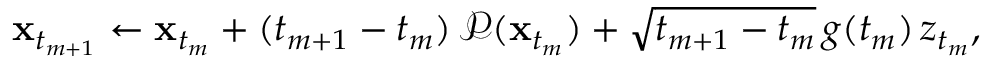
\begin{array} { r } { \mathbf { x } _ { t _ { m + 1 } } \leftarrow \mathbf { x } _ { t _ { m } } + ( t _ { m + 1 } - t _ { m } ) \, \mathcal { P } ( \mathbf { x } _ { t _ { m } } ) + \sqrt { t _ { m + 1 } - t _ { m } } \, g ( t _ { m } ) \, z _ { t _ { m } } , } \end{array}